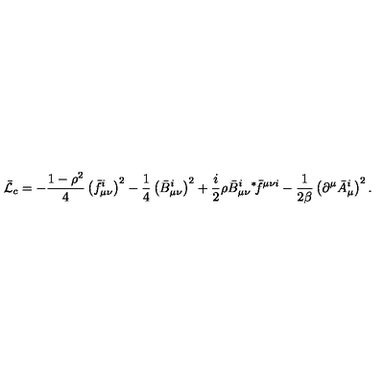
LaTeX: \bar { \cal L } _ { c } = - \frac { 1 - \rho ^ { 2 } } 4 \left( \bar { f } _ { \mu \nu } ^ { i } \right) ^ { 2 } - \frac 1 4 \left( \bar { B } _ { \mu \nu } ^ { i } \right) ^ { 2 } + \frac i 2 \rho \bar { B } _ { \mu \nu } ^ { i } { } ^ { \ast } \! \bar { f } ^ { \mu \nu i } - \frac 1 { 2 \beta } \left( \partial ^ { \mu } \bar { A } _ { \mu } ^ { i } \right) ^ { 2 } .